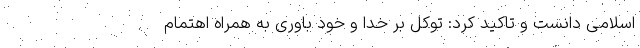
اسلامی دانست و تاکید کرد: توکل بر خدا و خود باوری به همراه اهتمام